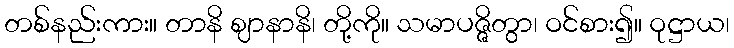
တစ်နည်းကား။ တာနိ ဈာနာနိ၊ တို့ကို။ သမာပဇ္ဇိတွာ၊ ဝင်စား၍။ ဝုဋ္ဌာယ၊